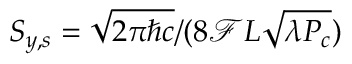
S _ { y , s } = \sqrt { 2 \pi \hbar c } / ( 8 \mathcal { F } L \sqrt { \lambda P _ { c } } )